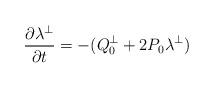
LaTeX: \begin{align*}\frac{\partial \lambda ^{\perp }}{\partial t}=-(Q_{0}^{\perp }+2P_{0}\lambda^{\perp }) \end{align*}